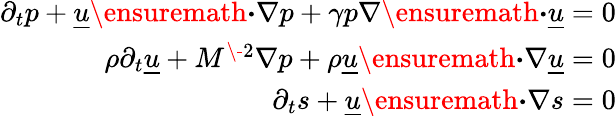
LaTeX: \begin{array}{r}{\partial_{t}p+\underline{{u}}\ensuremath{\boldsymbol{\cdot}}\nabla p+\gamma p\nabla\ensuremath{\boldsymbol{\cdot}}\underline{{u}}=0}\\ {\rho\partial_{t}\underline{{u}}+M^{\- 2}\nabla p+\rho\underline{{u}}\ensuremath{\boldsymbol{\cdot}}\nabla\underline{{u}}=0}\\ {\partial_{t}s+\underline{{u}}\ensuremath{\boldsymbol{\cdot}}\nabla s=0}\end{array}